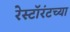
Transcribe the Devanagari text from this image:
रेस्टॉरंटच्या